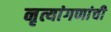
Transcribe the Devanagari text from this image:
नृत्यांगणांची